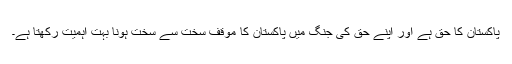
پاکستان کا حق ہے اور اپنے حق کی جنگ میں پاکستان کا موقف سخت سے سخت ہونا بہت اہمیت رکھتا ہے۔